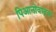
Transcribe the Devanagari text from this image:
पिआनोवादक